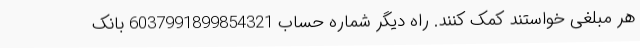
هر مبلغی خواستند کمک کنند. راه دیگر شماره حساب 6037991899854321 بانک